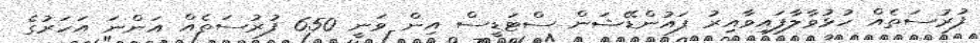
ފުރުސަތެއް ހުޅުވާލާފައިވާއިރު ފައުންޑޭޝަން ސްޓަޑީސް އިން ވަނީ 650 ފުރުސަތެއް އަންނަ އަހަރުގެ